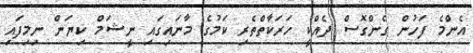
އެންމެ ފަހުން ގެންގޮސް ދެއްކީ ހަރަކާތްތެރި ކަމުގެ މާނައިގައި ނީޝަމް ކިޔަން ނިމިފައި